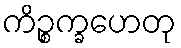
ကိဉ္စက္ခဟေတု